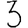
Digit: 3